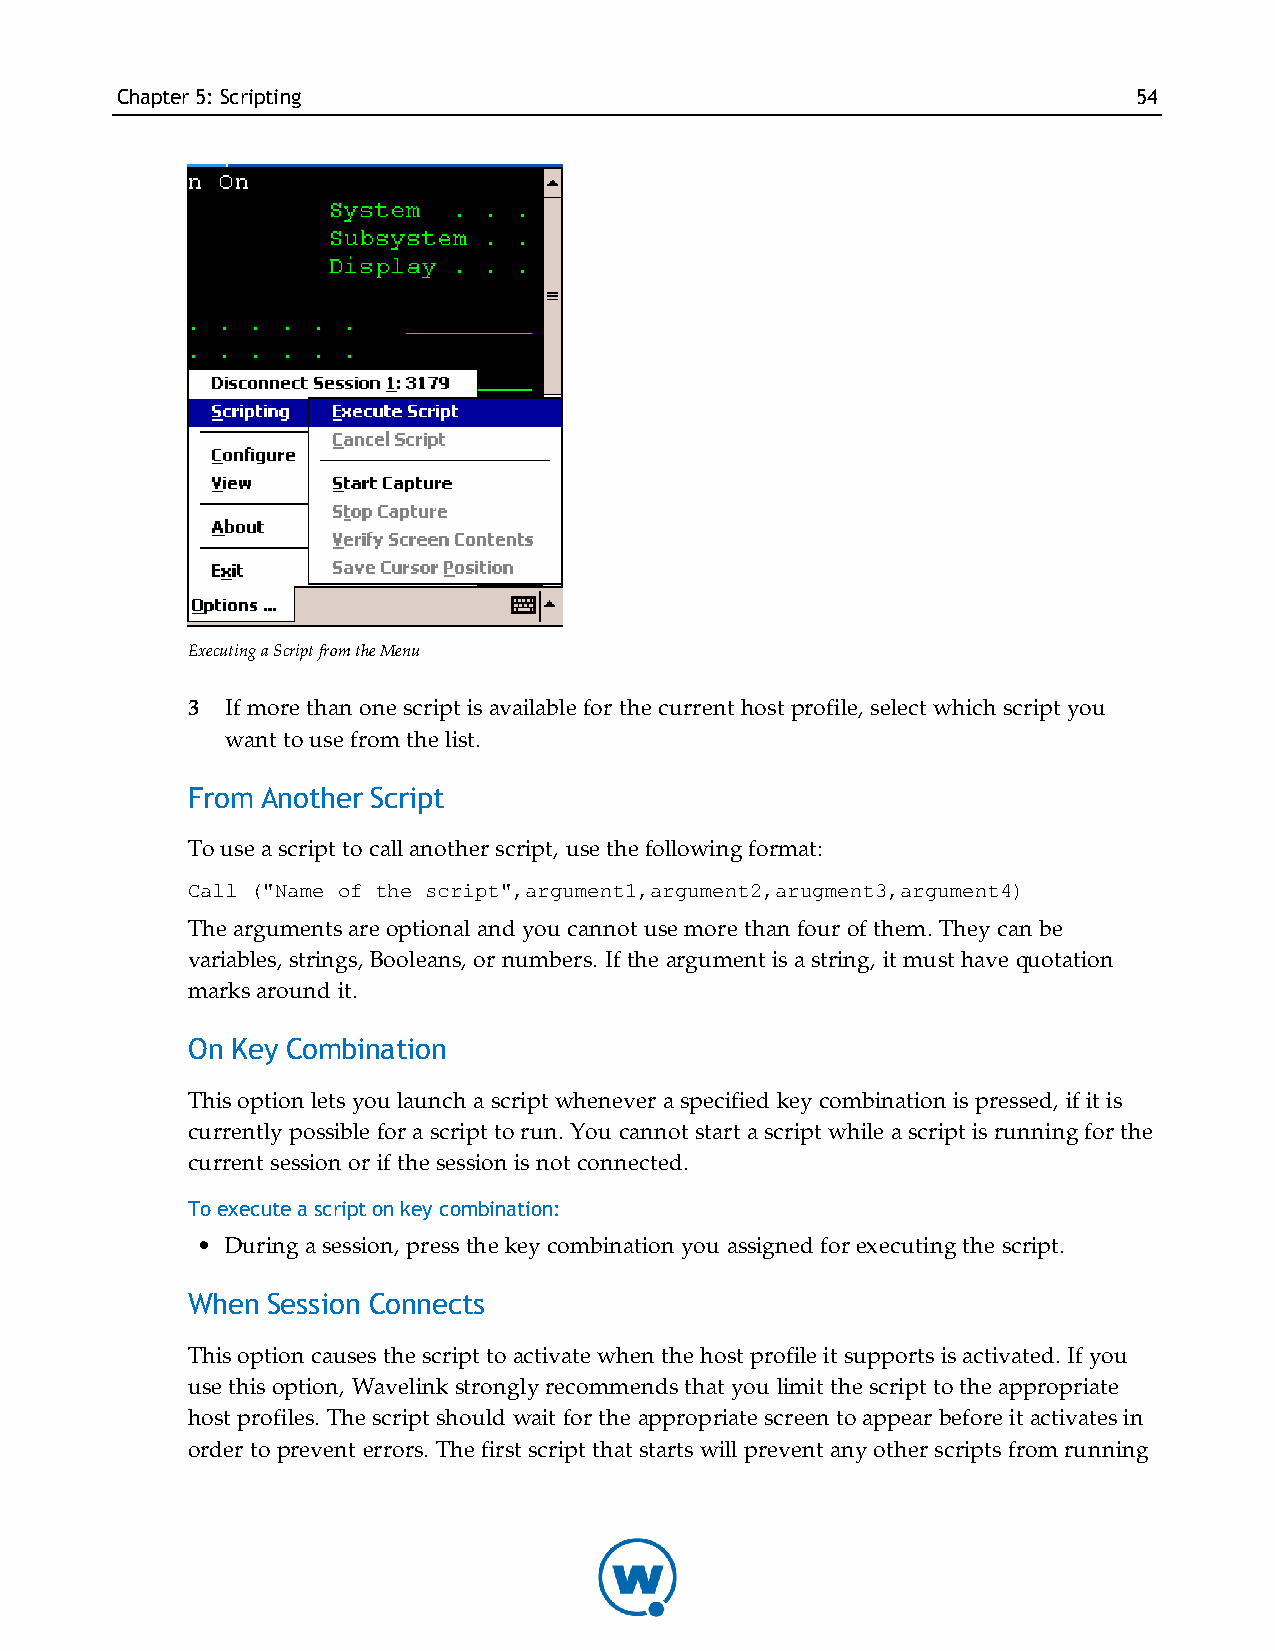
Chapter5: Scripting                                                54
 Executing a Script from the Menu
 3  If more than one script is available for the current host profile, select which script you
 want to use from the list.
 From Another Script
 To use a script to call another script, use the following format:
 Call ("Name of the script",argument1,argument2,arugment3,argument4)
 The arguments are optional and you cannot use more than four of them. They can be
 variables, strings, Booleans, or numbers. If the argument is a string, it must have quotation
 marks around it.
 On Key Combination
 This option lets you launch a script whenever a specified key combination is pressed, if it is
 currently possible for a script to run. You cannot start a script while a script is running for the
 current session or if the session is not connected.
 To execute a script on key combination:
 • During a session, press the key combination you assigned for executing the script.
 When  Session Connects
 This option causes the script to activate when the host profile it supports is activated. If you
 use this option, Wavelink strongly recommends that you limit the script to the appropriate
 host profiles. The script should wait for the appropriate screen to appear before it activates in
 order to prevent errors. The first script that starts will prevent any other scripts from running